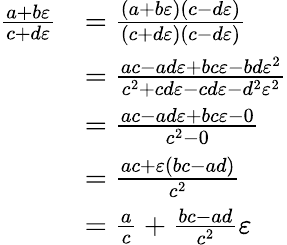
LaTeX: {\begin{array}{rl}{{\frac{a+b\varepsilon}{c+d\varepsilon}}}&{={\frac{(a+b\varepsilon)(c-d\varepsilon)}{(c+d\varepsilon)(c-d\varepsilon)}}}\\ &{={\frac{ac-ad\varepsilon+bc\varepsilon-bd\varepsilon^{2}}{c^{2}+cd\varepsilon-cd\varepsilon-d^{2}\varepsilon^{2}}}}\\ &{={\frac{ac-ad\varepsilon+bc\varepsilon-0}{c^{2}-0}}}\\ &{={\frac{ac+\varepsilon(bc-ad)}{c^{2}}}}\\ &{={\frac{a}{c}}+{\frac{bc-ad}{c^{2}}}\varepsilon}\end{array}}